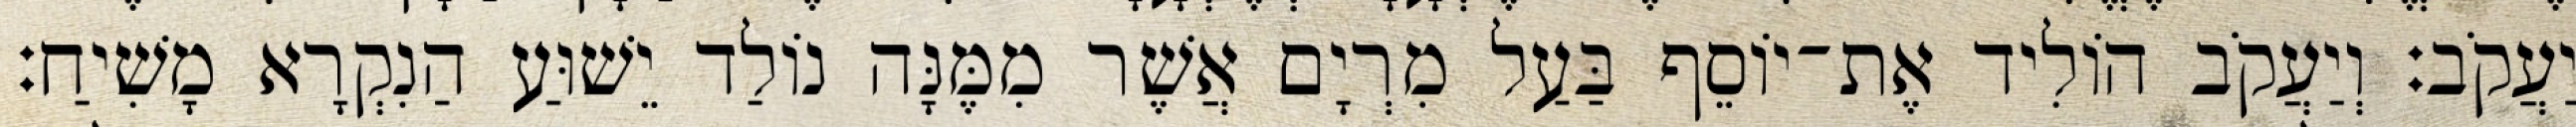
יַעֲקֹב׃ וְיַעֲקֹב הוֹלִיד אֶת־יוֹסֵף בַּעַל מִרְיָם אֲשֶׁר מִמֶּנָּה נוֹלַד יֵשׁוּעַ הַנִקְרָא מָשִׁיחַ׃